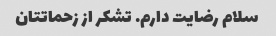
سلام رضایت دارم. تشکر از زحماتتان